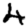
Digit: 4